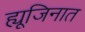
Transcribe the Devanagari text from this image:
ह्यूजिनात